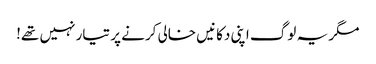
مگر یہ لوگ اپنی دکانیں خالی کرنے پر تیار نہیں تھے!